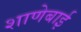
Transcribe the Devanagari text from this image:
शाणेबाई